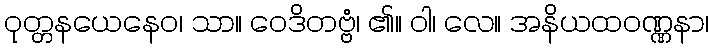
ဝုတ္တနယေနေဝ၊ သာ။ ဝေဒိတဗ္ဗံ၊ ၏။ ဝါ၊ လေ။ အနိယထဝဏ္ဏနာ၊